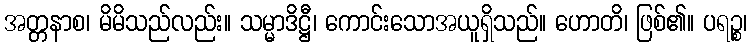
အတ္တနာစ၊ မိမိသည်လည်း။ သမ္မာဒိဋ္ဌီ၊ ကောင်းသောအယူရှိသည်။ ဟောတိ၊ ဖြစ်၏။ ပရဉ္စ၊